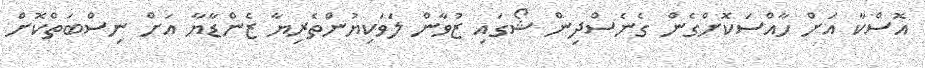
އޮސްކާ އަށް ހާއްސަކޮށްގެން ގެނެސްދިން ޝޯގައި ޒުވާން ލަވަކިޔުންތެރިޔާ ޒެންޑާޔާ އަށް ނިސްބަތްކޮށް